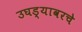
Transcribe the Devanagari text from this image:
उघड्यावरचे